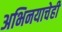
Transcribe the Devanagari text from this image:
अभिनयाचेही